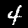
Digit: 4